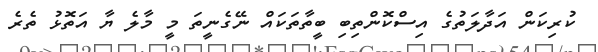
ކުރިކަން އަދާލަތުގެ އިސްކޮންތިބި ބީތާތަކައް ނޭގެނީތަ މީ މާލެ ޔާ އަތޮޅު ތެރެ